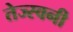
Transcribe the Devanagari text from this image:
तेज्स्वनी